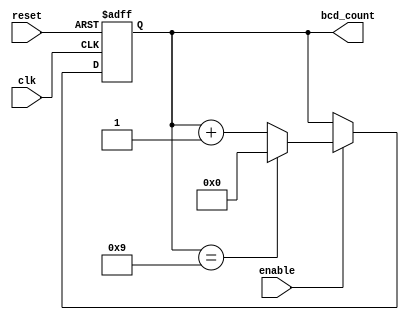
module BCD_Up_Counter_with_Enable (
    input wire clk,
    input wire reset,
    input wire enable,
    output reg [3:0] bcd_count
);

reg [3:0] binary_count;

always @(posedge clk or posedge reset) begin
    if (reset) begin
        binary_count <= 4'b0000;
    end else if (enable) begin
        if (binary_count == 4'b1001) begin
            binary_count <= 4'b0000;
        end else begin
            binary_count <= binary_count + 1;
        end
    end
end

assign bcd_count = binary_count;

endmodule